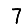
Digit: 7